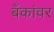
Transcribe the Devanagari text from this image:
बँकांवर